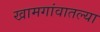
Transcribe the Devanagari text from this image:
खामगांवातल्या